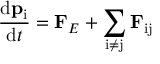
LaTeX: { \frac { \mathrm { d } \mathbf { p } _ { \mathrm { i } } } { \mathrm { d } t } } = \mathbf { F } _ { E } + \sum _ { \mathrm { i } \neq \mathrm { j } } \mathbf { F } _ { \mathrm { i j } } \,